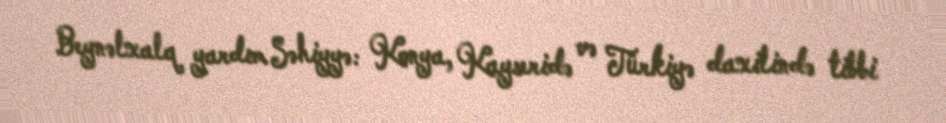
Beynəlxalq yardım Səhiyyə: Konya, Kayseridə və Türkiyə daxilində tibbi